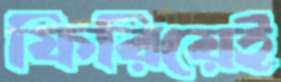
ফিরিয়েই